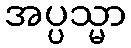
အပ္ပသ္မာ